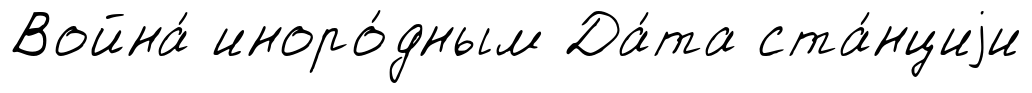
Война́ иноро́дным Да́та ста́нциjи